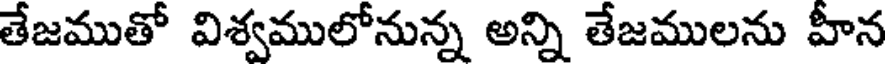
తేజముతో విశ్వములోనున్న అన్ని తేజములను హీన